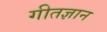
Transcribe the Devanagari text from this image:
गीतज्ञान